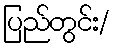
ပြည်တွင်း/